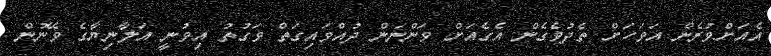
އެއަށްވުރެން އަވަހަށް ތެދުވެގެން އެގެއަށް ވަންނަން ދުއްވައިގަތް ވަގުތު އިވުނީ އަލާނިޔާގެ ވޭނުން